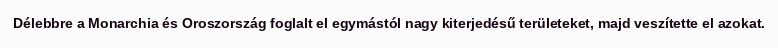
Délebbre a Monarchia és Oroszország foglalt el egymástól nagy kiterjedésű területeket, majd veszítette el azokat.